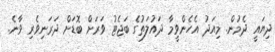
ދިޔައީ ދެމުން. މިއަދު އެހެންވީމާ ދައުލަތުގެ ބަޖެޓު ވަރަށް ބޮޑަށް ދަރަނިވެރި ވާނެ.